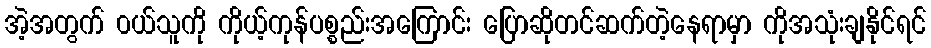
အဲ့အတွက် ၀ယ်သူကို ကိုယ့်ကုန်ပစ္စည်းအကြောင်း ပြောဆိုတင်ဆက်တဲ့နေရာမှာ ကိုအသုံးချနိုင်ရင်